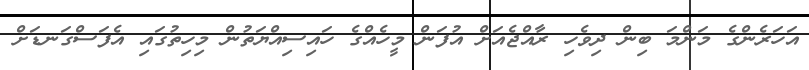
އަހަރެންގެ މަންމަ ބިން ދިވެހި ރާއްޖެއަށް އުފަން މީހެއްގެ ހައިސިއްޔަތުން މިހިތުގައި އެފަސްގަނޑަށް